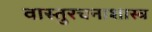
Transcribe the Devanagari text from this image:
वास्तुरचनाशास्त्र